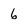
Character: 6